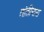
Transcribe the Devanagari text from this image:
तांतीमारा